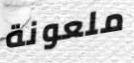
ملعونة